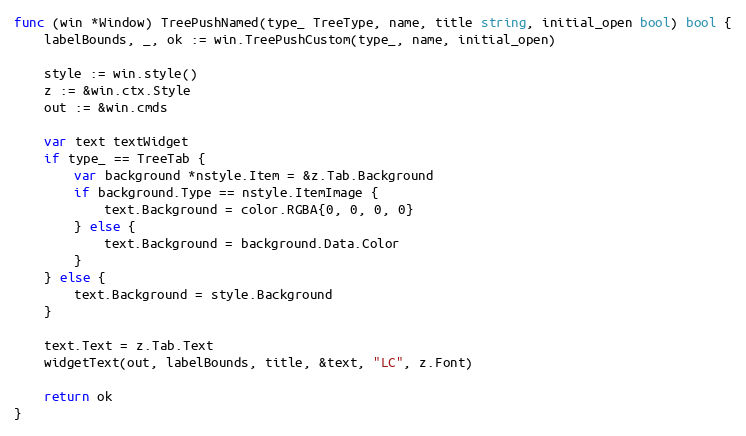
Language: Go
func (win *Window) TreePushNamed(type_ TreeType, name, title string, initial_open bool) bool {
	labelBounds, _, ok := win.TreePushCustom(type_, name, initial_open)

	style := win.style()
	z := &win.ctx.Style
	out := &win.cmds

	var text textWidget
	if type_ == TreeTab {
		var background *nstyle.Item = &z.Tab.Background
		if background.Type == nstyle.ItemImage {
			text.Background = color.RGBA{0, 0, 0, 0}
		} else {
			text.Background = background.Data.Color
		}
	} else {
		text.Background = style.Background
	}

	text.Text = z.Tab.Text
	widgetText(out, labelBounds, title, &text, "LC", z.Font)

	return ok
}